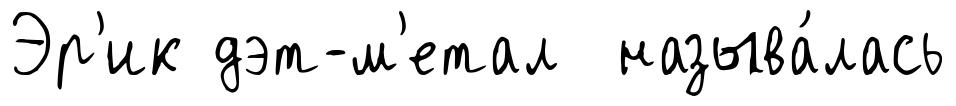
Эр'ик дэт-м'етал называ́лась